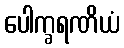
ပေါက္ခရဏိယံ